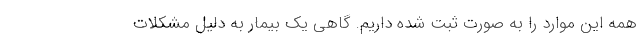
همه این موارد را به صورت ثبت شده داریم. گاهی یک بیمار به دلیل مشکلات